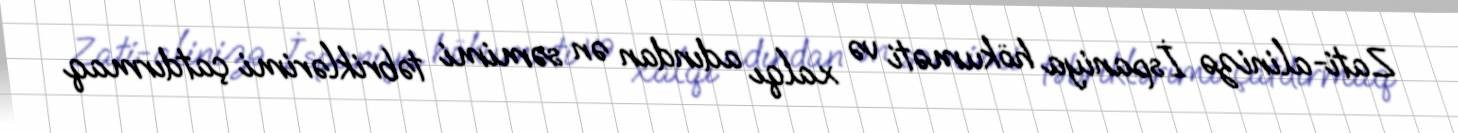
Zati-alinizə İspaniya hökuməti və xalqı adından ən səmimi təbriklərimi çatdırmaq